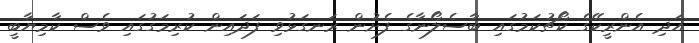
އަދި އެންރީކޭގެ ކޯޗުކަމުގައި ބާސެލޯނާގެ ފެށުން ރަނގަޅުވި ފަދައިން ކުރިމަގުގައި ވެސް ކާމިޔާބީ